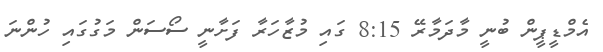
އެމްޑީޕީން ބުނީ މާދަމާރޭ 8:15 ގައި މުޒާހަރާ ފަށާނީ ސޯސަން މަގުގައި ހުންނަ